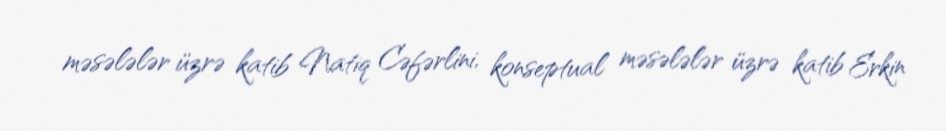
məsələlər üzrə katib Natiq Cəfərlini, konseptual məsələlər üzrə katib Erkin